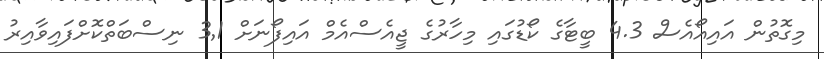
މިގޮތުން އައިއޯއެސް 4.3 ބީޓާގެ ކޯޑުގައި މިހާރުގެ ޖީއެސްއެމް އައިފޯނަށް 3